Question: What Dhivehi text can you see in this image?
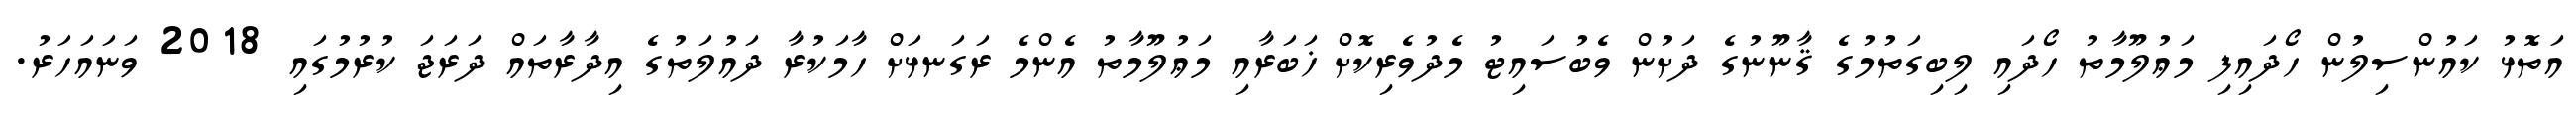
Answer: އަތޮޅު ކައުންސިލުން ހޯދައިފި މަޢުލޫމާތު ހޯދައި ލިބިގަތުމުގެ ޤާނޫނުގެ ދަށުން ވެބުސައިޓު މެދުވެރިކޮށް ޚަބަރާއި މަޢުލޫމާތު އެންމެ ރަގަނޅަށް ހާމަކުރާ ދައުލަތުގެ އިދާރާތައް ދަރަޖަ ކުރުމުގައި 2018 ވަނައަހަރު.